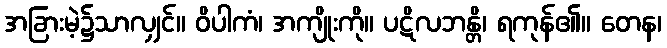
အခြားမဲ့၌သာလျှင်။ ဝိပါကံ၊ အကျိုးကို။ ပဋိလဘန္တိ၊ ရကုန်၏။ တေန၊